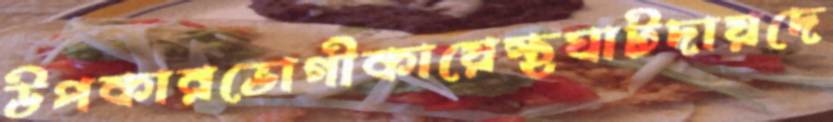
উপকারভোগীকায়েস্থঘাটদায়দে